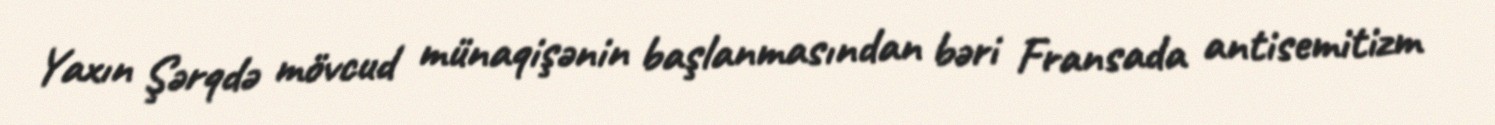
Yaxın Şərqdə mövcud münaqişənin başlanmasından bəri Fransada antisemitizm